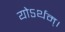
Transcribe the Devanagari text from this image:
योऽर्थम्।